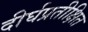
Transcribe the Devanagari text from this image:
दीर्घप्रतीक्षित